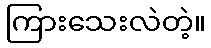
ကြားသေးလဲတဲ့။